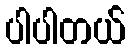
ပါပါတယ်